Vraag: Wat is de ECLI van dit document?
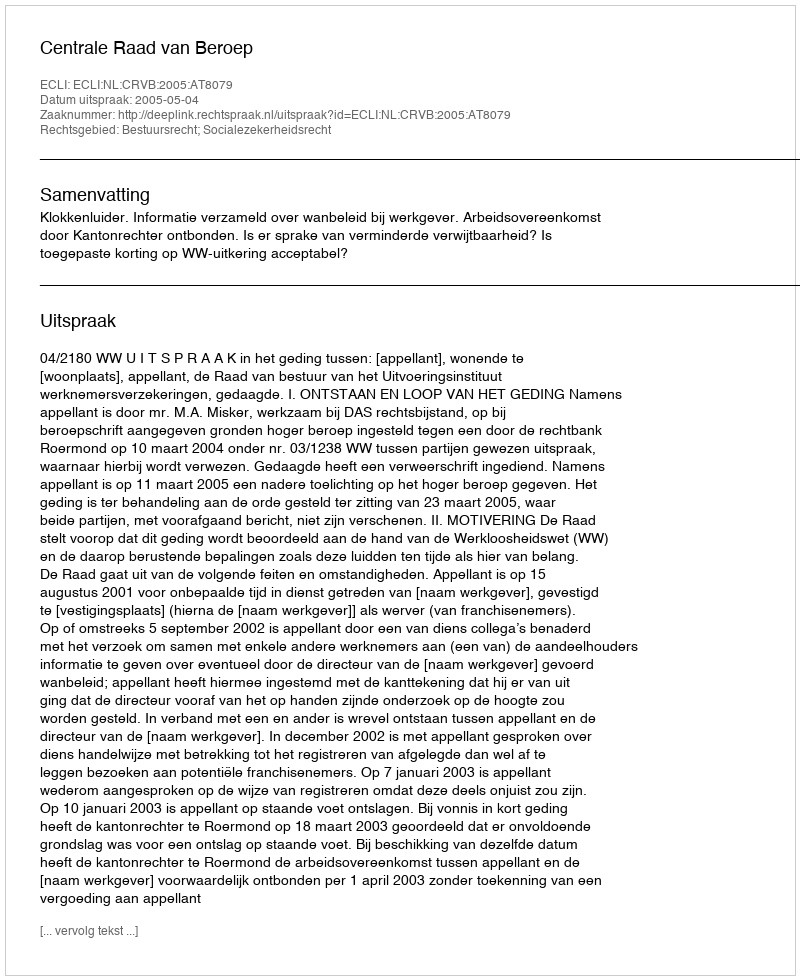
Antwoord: ECLI:NL:CRVB:2005:AT8079